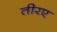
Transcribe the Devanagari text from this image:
तीरए